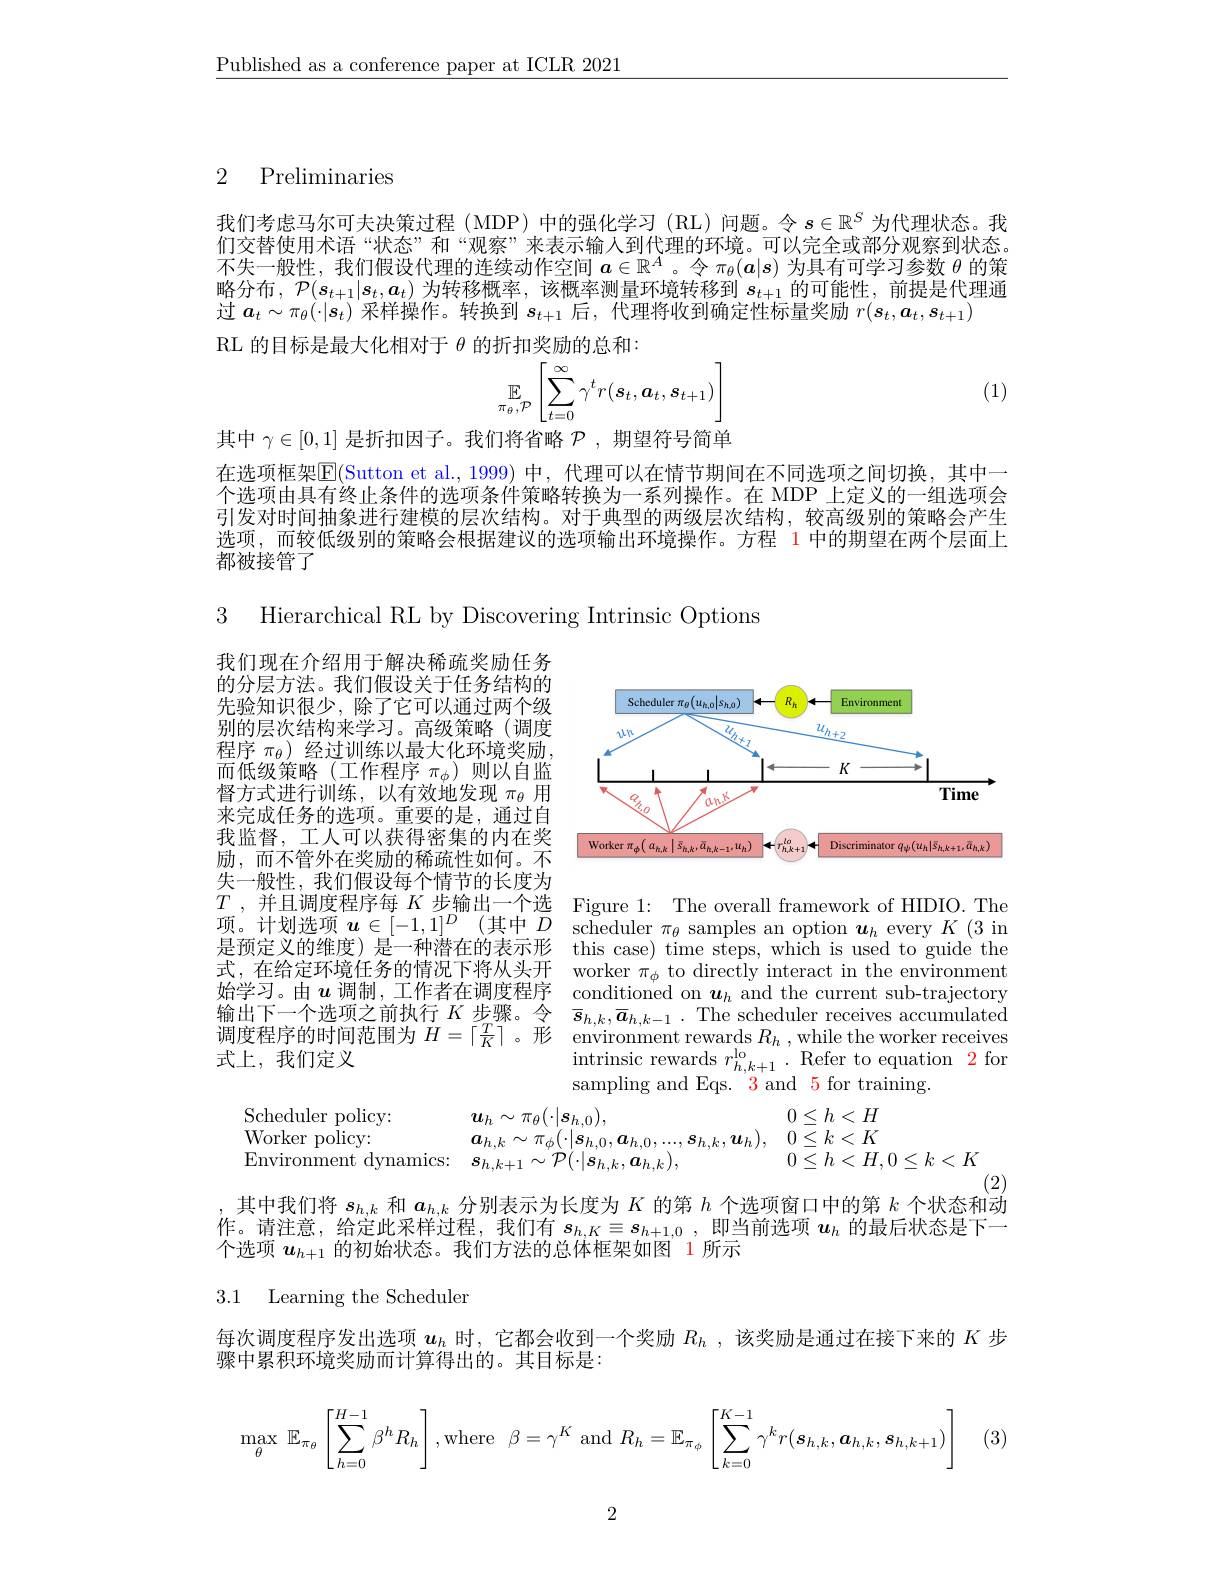
$\underline{\text{Published as a conference paper at ICLR 2021}}$

## 2 Preliminaries

我们考虑马尔可夫决策过程 (MDP) 中的强化学习 (RL)问题。令$s\in\mathbb{R}^S$为代理状态。我们交替使用术语“状态”和“观察”来表示输人到代理的环境。可以完全或部分观察到状态。不失一般性，我们假设代理的连续动作空间$a\in\mathbb{R}^A$ 。令$\pi_\theta(\boldsymbol{a}|s)$为具有可学习参数$\theta$的策略分布，$\mathcal{P}(s_t+1|s_t,a_t)$为转移概率，该概率测量环境转移到$s_t+1$的可能性，前提是代理通过$\boldsymbol a_t\sim\pi_\theta(\cdot|s_t)$采样操作。转换到$s_t+1$后，代理将收到确定性标量奖励$r(\boldsymbol s_t,\boldsymbol a_t,\boldsymbol s_{t+1})$
RL 的目标是最大化相对于$\theta$的折扣奖励的总和：
$$\mathbb{E}_{\pi_{\theta},\mathcal{P}}\left[\sum_{t=0}^{\infty}\gamma^{t}r(s_{t},a_{t},s_{t+1})\right]$$
(1)

其中$\gamma\in[0,1]$是折扣因子。我们将省略$\mathcal{P}$ ,期望符号简单
在选项框架$\overline{\mathbb{E}}($Sutton et al.,1999) 中，代理可以在情节期间在不同选项之间切换，其中一个选项由具有终止条件的选项条件策略转换为一系列操作。在 MDP 上定义的一组选项会引发对时间抽象进行建模的层次结构。对于典型的两级层次结构，较高级别的策略会产生选项，而较低级别的策略会根据建议的选项输出环境操作。方程 1 中的期望在两个层面上都被接管了

3 Hierarchical RL by Discovering Intrinsic Options

<FigureHere>

我们现在介绍用于解决稀疏奖励任务的分层方法。我们假设关于任务结构的先验知识很少，除了它可以通过两个级别的层次结构来学习。高级策略(调度程序$\pi_\theta)$经过训练以最大化环境奖励， 而低级策略(工作程序$\pi_\phi)$则以自监督方式进行训练，以有效地发现$\pi_\mathrm{\theta}$用来完成任务的选项。重要的是，通过自我监督，工人可以获得密集的内在奖励，而不管外在奖励的稀疏性如何。不失一般性，我们假设每个情节的长度为$T$ , 并且调度程序每 $K$ 步输出一个选项。计划选项$\boldsymbol u\in[-1,1]^D$ (其中$D$ scheduler $\pi _\theta$ samples an option $\boldsymbol{u}_h$ every $K$ (3 in 是预定义的维度) 是一种潜在的表示形 this case) time steps, which is used to guide the 式，在给定环境任务的情况下将从头开 worker $\pi_\phi$ to directly interact in the environment 始学习。由$u$调制，工作者在调度程序 conditioned on $\boldsymbol{u}_h$ and the current sub-trajectory 输出下一个选项之前执行$K$步骤。令$\overline{s}_{h,k},\overline{a}_{h,k-1}.$ The scheduler receives accumulated 调度程序的时间范围为$H=\lceil\frac TK\rceil$ 。形 environment rewards $R_h$ , while the worker receives 式上，我们定义

Figure 1: The overall framework of HIDIO. The $\operatorname*{intrinsic}_{\text{rewards }r_{h,k+1}^{\mathrm{lo}}\cdot\text{Refer to equation}\:2}$for sampling and Eqs. 3 and 5 for training.

Scheduler policy:
$\begin{array}{ll}{\boldsymbol{u}_{h}\sim\pi_{\theta}(\cdot|\boldsymbol{s}_{h,0}),}&{0\leq h<H}\\{\boldsymbol{a}_{h,k}\sim\pi_{\phi}(\cdot|\boldsymbol{s}_{h,0},\boldsymbol{a}_{h,0},\ldots,\boldsymbol{s}_{h,k},\boldsymbol{u}_{h}),}&{0\leq k<K}\end{array}$
$\underset{\Gamma}{\operatorname*{\text{Worker policy:}}}$
0 $\bar{\leq } h< H, 0\leq k< K$
Environment dynamics: $\boldsymbol{s}_{h, k+ 1}\sim \mathcal{P} ( \cdot | \boldsymbol{s}_{h, k}, \boldsymbol{a}_{h, k}) $,

(2)
其中我们将$s_{h,k}$和$a_{h,k}$分别表示为长度为$K$的第$h$个选项窗口中的第$k$个状态和动

作。请注意，给定此采样过程，我们有$s_{h,K}\equiv s_{h+1,0}$,即当前选项$u_h$的最后状态是下一
个选项$u_{h+1}$的初始状态。我们方法的总体框架如图 1 所示

3.1 Learning the Scheduler

每次调度程序发出选项$u_h$时，它都会收到一个奖励$R_h$ ,  该奖励是通过在接下来的$K$步
骤中累积环境奖励而计算得出的。其目标是：
$$\max_\theta\:\mathbb{E}_{\pi_\theta}\left[\sum\limits_{h=0}^{H-1}\beta^hR_h\right],\text{where}\:\beta=\gamma^K\text{and}\:R_h=\mathbb{E}_{\pi_\phi}\left[\sum\limits_{k=0}^{K-1}\gamma^kr(\boldsymbol{s}_{h,k},\boldsymbol{a}_{h,k},\boldsymbol{s}_{h,k+1})\right]$$
(3)

2